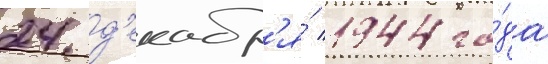
24 д'екабр'я́ 1944 го́да